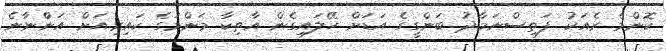
ކޮންމެ ރެއަކު ފަތިސްނަމާދު ބަންގީގެ އަޑަށް ހޭލައިގެން އާތިކާ މަންމަގެ ކައިރިއަށް އަންްނާނެ